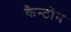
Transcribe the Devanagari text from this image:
कैन्टोन